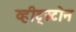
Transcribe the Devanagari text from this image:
व्हीट्स्टोन